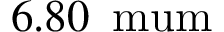
6 . 8 0 \, \mathrm { \ m u m }